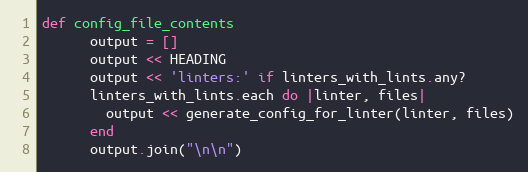
Language: Ruby
def config_file_contents
      output = []
      output << HEADING
      output << 'linters:' if linters_with_lints.any?
      linters_with_lints.each do |linter, files|
        output << generate_config_for_linter(linter, files)
      end
      output.join("\n\n")